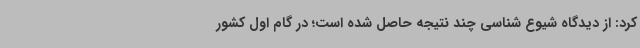
کرد: از دیدگاه شیوع شناسی چند نتیجه حاصل شده است؛ در گام اول کشور